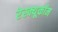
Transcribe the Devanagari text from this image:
रेस्क्यूकॉम